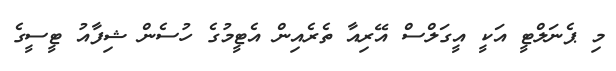
މި ޕެނަލްޓީ އަކީ އީގަލްސް އޭރިއާ ތެރެއިން އެޓީމުގެ ހުސެން ޝިފާއު ޓީސީގެ